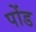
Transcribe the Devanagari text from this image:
पोंड